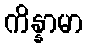
ကိန္နာမာ